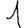
Digit: 1